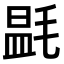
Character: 𣯎